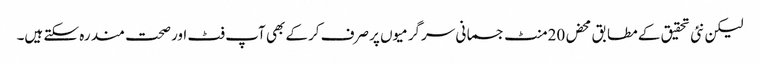
لیکن نئی تحقیق کے مطابق محض 20منٹ جسمانی سرگرمیوں پر صرف کرکے بھی آپ فٹ اور صحت مند رہ سکتے ہیں۔